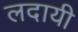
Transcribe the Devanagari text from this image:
लदायी